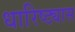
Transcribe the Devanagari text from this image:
धारिष्ट्यास